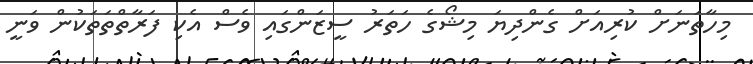
މިހާތަނަށް ކުރިއަށް ގެންދިޔަ މިޝޯގެ ހަތަރު ސީޒަންގައި ވެސް އެކި ފަރާތްތަތަކުން ވަނީ